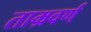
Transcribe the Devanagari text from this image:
ताम्रवर्ण